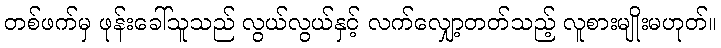
တစ်ဖက်မှ ဖုန်းခေါ်သူသည် လွယ်လွယ်နှင့် လက်လျှော့တတ်သည့် လူစားမျိုးမဟုတ်။